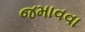
જમાવવા